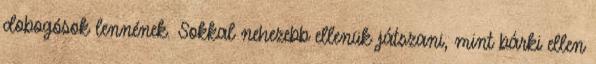
dobogósok lennének. Sokkal nehezebb ellenük játszani, mint bárki ellen